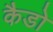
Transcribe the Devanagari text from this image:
कैडो